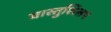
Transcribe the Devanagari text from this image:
वास्तुशिलप